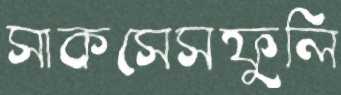
সাকসেসফুলি